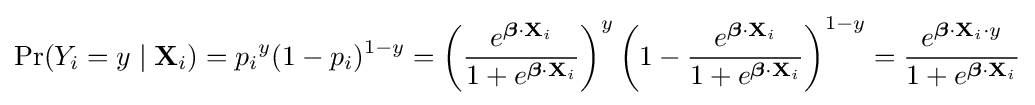
\Pr(Y_{i}=y\mid \mathbf {X} _{i})={p_{i}}^{y}(1-p_{i})^{1-y}=\left({\frac {e^{{\boldsymbol {\beta }}\cdot \mathbf {X} _{i}}}{1+e^{{\boldsymbol {\beta }}\cdot \mathbf {X} _{i}}}}\right)^{y}\left(1-{\frac {e^{{\boldsymbol {\beta }}\cdot \mathbf {X} _{i}}}{1+e^{{\boldsymbol {\beta }}\cdot \mathbf {X} _{i}}}}\right)^{1-y}={\frac {e^{{\boldsymbol {\beta }}\cdot \mathbf {X} _{i}\cdot y}}{1+e^{{\boldsymbol {\beta }}\cdot \mathbf {X} _{i}}}}